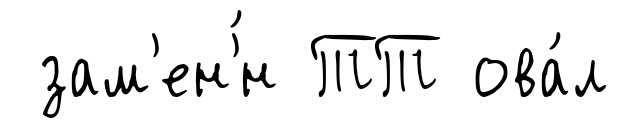
зам'ен'́н ТТ ова́л